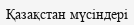
Қазақстан мүсіндері